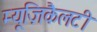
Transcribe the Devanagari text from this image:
म्यूज़िकैलटी